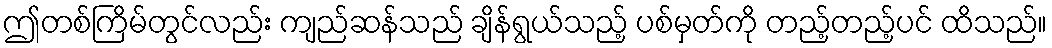
ဤတစ်ကြိမ်တွင်လည်း ကျည်ဆန်သည် ချိန်ရွယ်သည့် ပစ်မှတ်ကို တည့်တည့်ပင် ထိသည်။